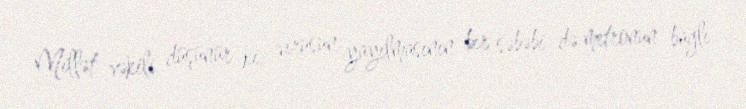
Millət vəkili düşünür ki, virusun yayılmasının bir səbəbi də metronun bağlı